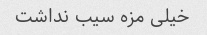
خیلی مزه سیب نداشت